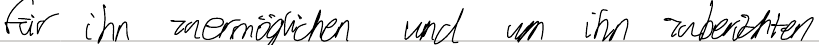
für ihn zu ermöglichen und um ihn zu berichten